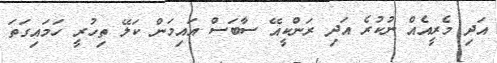
އަދި މެރީއެއް ނުކުރެ އަދި ރަންކީއޭ ސާބަސް އައިމަން ކަލޭ ތިހުރީ ހަމައިގަތަ